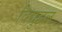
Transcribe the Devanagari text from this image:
विद्युद्वल